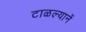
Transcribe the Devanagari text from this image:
टाळल्यानें